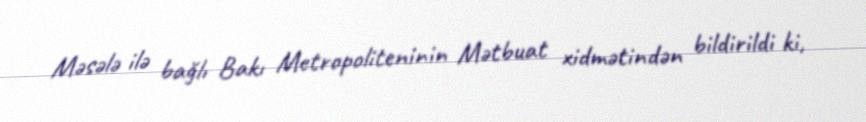
Məsələ ilə bağlı Bakı Metropoliteninin Mətbuat xidmətindən bildirildi ki,